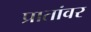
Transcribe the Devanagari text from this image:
प्रातांवर